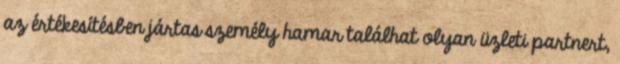
az értékesítésben jártas személy hamar találhat olyan üzleti partnert,